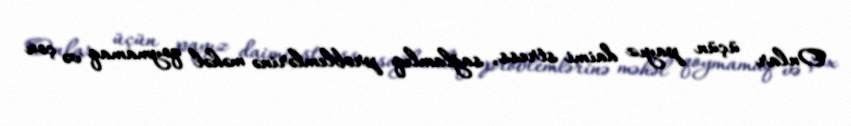
Onlar üçün payız daimi stress, sağlamlıq problemlərinə məhəl qoymamaq və çox